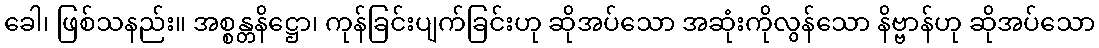
ခေါ၊ ဖြစ်သနည်း။ အစ္စန္တနိဋ္ဌော၊ ကုန်ခြင်းပျက်ခြင်းဟု ဆိုအပ်သော အဆုံးကိုလွန်သော နိဗ္ဗာန်ဟု ဆိုအပ်သော